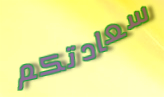
سعادتكم